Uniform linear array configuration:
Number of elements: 24
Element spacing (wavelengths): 0.25
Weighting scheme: hamming
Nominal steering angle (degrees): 60
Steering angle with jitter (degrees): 60.852
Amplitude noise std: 0.05
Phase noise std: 0.05

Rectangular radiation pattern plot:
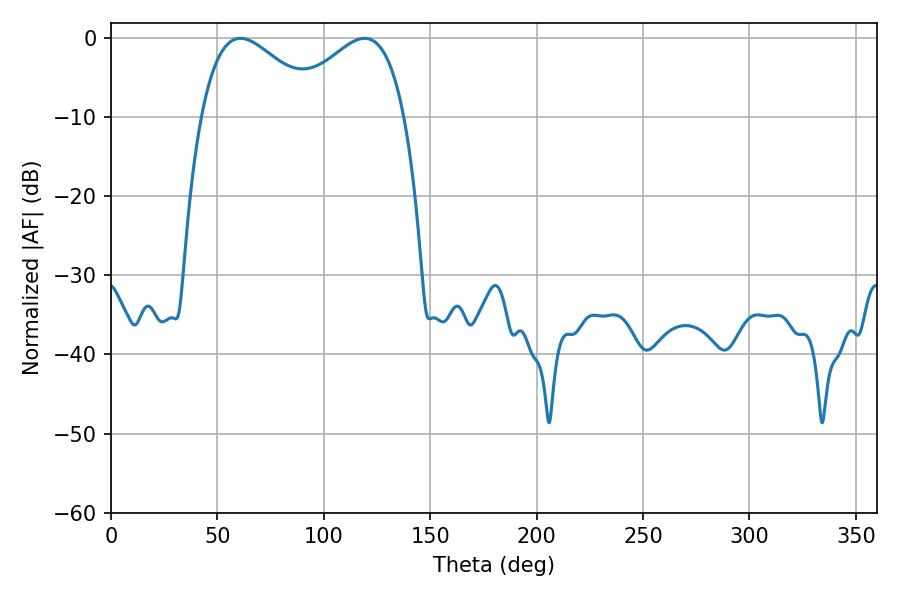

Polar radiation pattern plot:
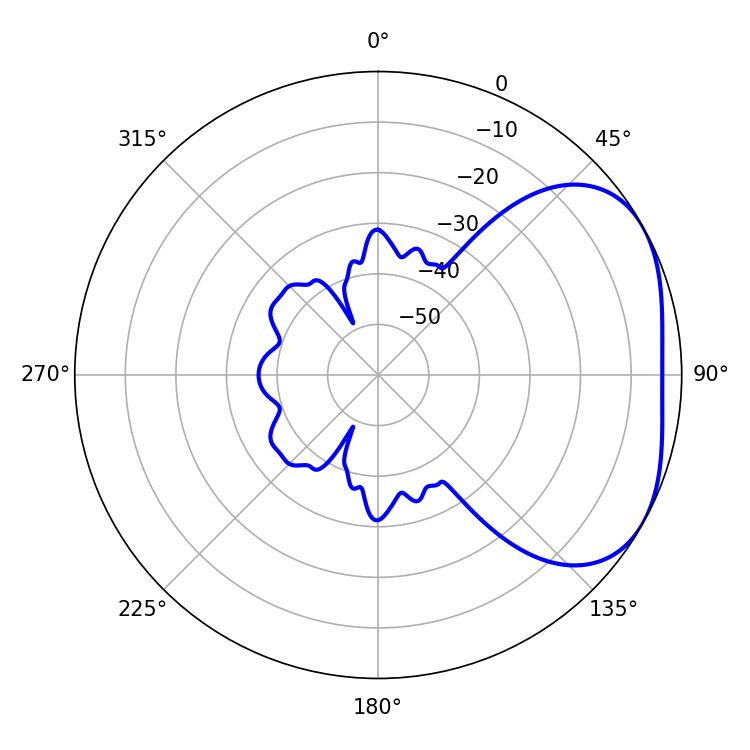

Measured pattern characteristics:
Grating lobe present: FALSE
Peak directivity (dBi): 3.21
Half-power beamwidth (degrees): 30.42
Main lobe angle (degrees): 60.84